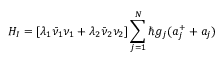
H _ { I } = [ \lambda _ { 1 } \bar { \nu } _ { 1 } \nu _ { 1 } + \lambda _ { 2 } \bar { \nu } _ { 2 } \nu _ { 2 } ] \sum _ { j = 1 } ^ { N } \hbar g _ { j } ( a _ { j } ^ { + } + a _ { j } )